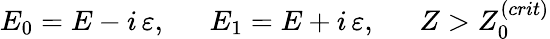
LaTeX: E_{0}=E-i\, \varepsilon,\ \ \ \ \ \ E_{1}=E+i\, \varepsilon,\ \ \ \ \ \ Z>Z_{0}^{(crit)}